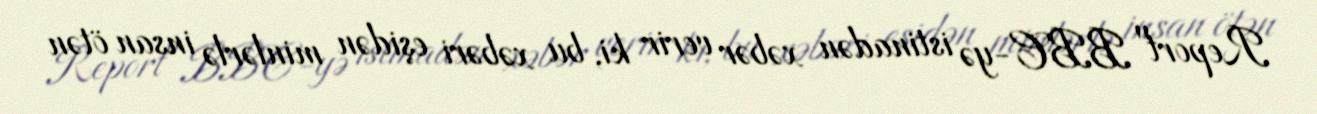
Report" BBC-yə istinadən xəbər verir ki, bu xəbəri eşidən minlərlə insan ötən